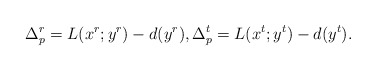
\begin{align*}\Delta_p^r=L(x^{r};y^{r})-d(y^{r}),\Delta_p^t=L(x^{t};y^{t})-d(y^{t}).\end{align*}